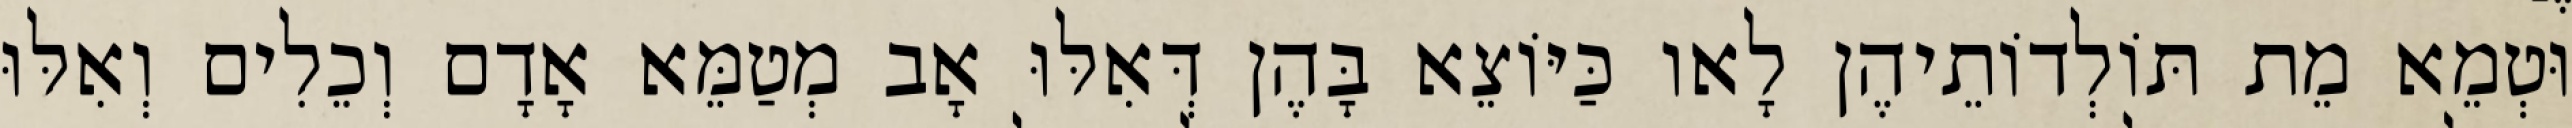
וּטְמֵא מֵת תּוֹלְדוֹתֵיהֶן לָאו כַּיּוֹצֵא בָּהֶן דְּאִלּוּ אָב מְטַמֵּא אָדָם וְכֵלִים וְאִלּוּ